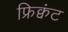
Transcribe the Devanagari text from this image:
फ्रिक्वंट